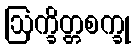
ဩက္ခိတ္တစက္ခု